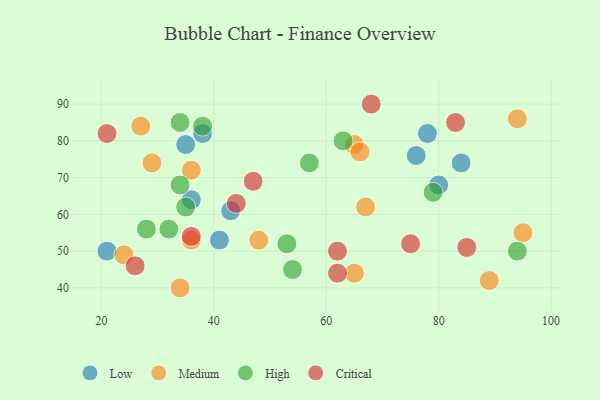
{"axis": {"x": "GDP", "y": "Life Expectancy"}, "legend": ["Critical", "High", "Low", "Medium"], "data": [{"x": "80", "y": 68, "type": "Low"}, {"x": "41", "y": 53, "type": "Low"}, {"x": "76", "y": 76, "type": "Low"}, {"x": "84", "y": 74, "type": "Low"}, {"x": "78", "y": 82, "type": "Low"}, {"x": "21", "y": 50, "type": "Low"}, {"x": "43", "y": 61, "type": "Low"}, {"x": "36", "y": 64, "type": "Low"}, {"x": "35", "y": 79, "type": "Low"}, {"x": "38", "y": 82, "type": "Low"}, {"x": "36", "y": 72, "type": "Medium"}, {"x": "36", "y": 53, "type": "Medium"}, {"x": "29", "y": 74, "type": "Medium"}, {"x": "48", "y": 53, "type": "Medium"}, {"x": "24", "y": 49, "type": "Medium"}, {"x": "65", "y": 44, "type": "Medium"}, {"x": "65", "y": 79, "type": "Medium"}, {"x": "95", "y": 55, "type": "Medium"}, {"x": "34", "y": 40, "type": "Medium"}, {"x": "94", "y": 86, "type": "Medium"}, {"x": "89", "y": 42, "type": "Medium"}, {"x": "66", "y": 77, "type": "Medium"}, {"x": "67", "y": 62, "type": "Medium"}, {"x": "27", "y": 84, "type": "Medium"}, {"x": "34", "y": 68, "type": "High"}, {"x": "94", "y": 50, "type": "High"}, {"x": "57", "y": 74, "type": "High"}, {"x": "28", "y": 56, "type": "High"}, {"x": "53", "y": 52, "type": "High"}, {"x": "38", "y": 84, "type": "High"}, {"x": "35", "y": 62, "type": "High"}, {"x": "34", "y": 85, "type": "High"}, {"x": "54", "y": 45, "type": "High"}, {"x": "79", "y": 66, "type": "High"}, {"x": "63", "y": 80, "type": "High"}, {"x": "32", "y": 56, "type": "High"}, {"x": "26", "y": 46, "type": "Critical"}, {"x": "68", "y": 90, "type": "Critical"}, {"x": "36", "y": 54, "type": "Critical"}, {"x": "62", "y": 44, "type": "Critical"}, {"x": "85", "y": 51, "type": "Critical"}, {"x": "47", "y": 69, "type": "Critical"}, {"x": "83", "y": 85, "type": "Critical"}, {"x": "75", "y": 52, "type": "Critical"}, {"x": "62", "y": 50, "type": "Critical"}, {"x": "21", "y": 82, "type": "Critical"}, {"x": "44", "y": 63, "type": "Critical"}]}